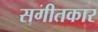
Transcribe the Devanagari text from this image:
सगीतकार